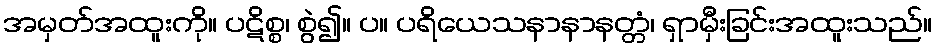
အမှတ်အထူးကို။ ပဋိစ္စ၊ စွဲ၍။ ပ။ ပရိယေသနာနာနတ္တံ၊ ရှာမှီးခြင်းအထူးသည်။